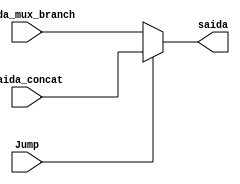
module mux_jump(saida_mux_branch, saida_concat, Jump, saida);
input [31:0] saida_mux_branch, saida_concat;
input Jump;
output reg [31:0] saida;

always @(Jump)
	begin
		if(Jump)
			begin
				saida = saida_concat;
			end
		else
			begin
				saida = saida_mux_branch;
			end
	end

endmodule